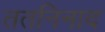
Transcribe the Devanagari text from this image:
ततनिनाद